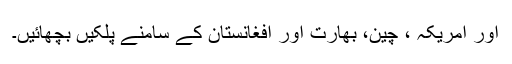
اور امریکہ ، چین، بھارت اور افغانستان کے سامنے پلکیں بچھائیں۔